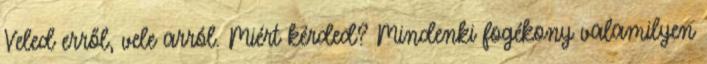
Veled erről, vele arról. Miért kérded? Mindenki fogékony valamilyen